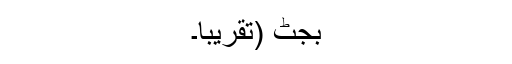
بجٹ (تقریباً۔